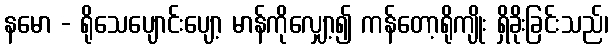
နမော - ရိုသေပျောင်းပျော့ မာန်ကိုလျှော့၍ ကန်တော့ရိုကျိုး ရှိခိုးခြင်းသည်၊